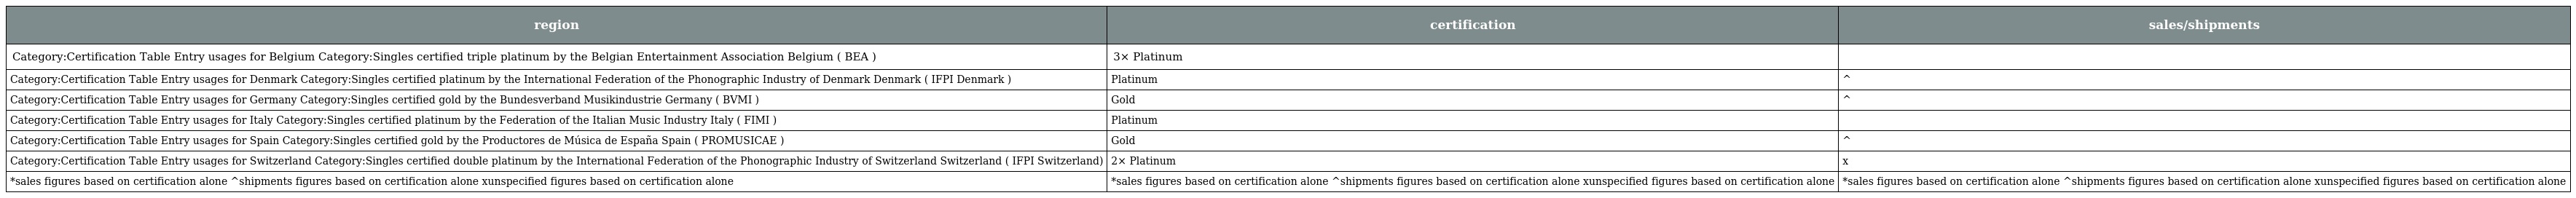
| region | certification | sales/shipments |
 | --- | --- | --- |
 | Category:Certification Table Entry usages for Belgium Category:Singles certified triple platinum by the Belgian Entertainment Association Belgium ( BEA ) | 3× Platinum |  |
 | Category:Certification Table Entry usages for Denmark Category:Singles certified platinum by the International Federation of the Phonographic Industry of Denmark Denmark ( IFPI Denmark ) | Platinum | ^ |
 | Category:Certification Table Entry usages for Germany Category:Singles certified gold by the Bundesverband Musikindustrie Germany ( BVMI ) | Gold | ^ |
 | Category:Certification Table Entry usages for Italy Category:Singles certified platinum by the Federation of the Italian Music Industry Italy ( FIMI ) | Platinum |  |
 | Category:Certification Table Entry usages for Spain Category:Singles certified gold by the Productores de Música de España Spain ( PROMUSICAE ) | Gold | ^ |
 | Category:Certification Table Entry usages for Switzerland Category:Singles certified double platinum by the International Federation of the Phonographic Industry of Switzerland Switzerland ( IFPI Switzerland) | 2× Platinum | x |
 | *sales figures based on certification alone ^shipments figures based on certification alone xunspecified figures based on certification alone | *sales figures based on certification alone ^shipments figures based on certification alone xunspecified figures based on certification alone | *sales figures based on certification alone ^shipments figures based on certification alone xunspecified figures based on certification alone |